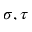
\sigma , \tau